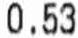
0.53